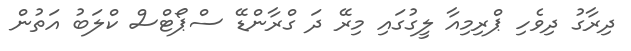
ދިރާގު ދިވެހި ޕްރިމިއާ ލީގުގައި މިރޭ ދަ ގްރާންޑޭ ސްޕޯޓްސް ކްލަބު އަތުން